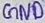
Text: GND